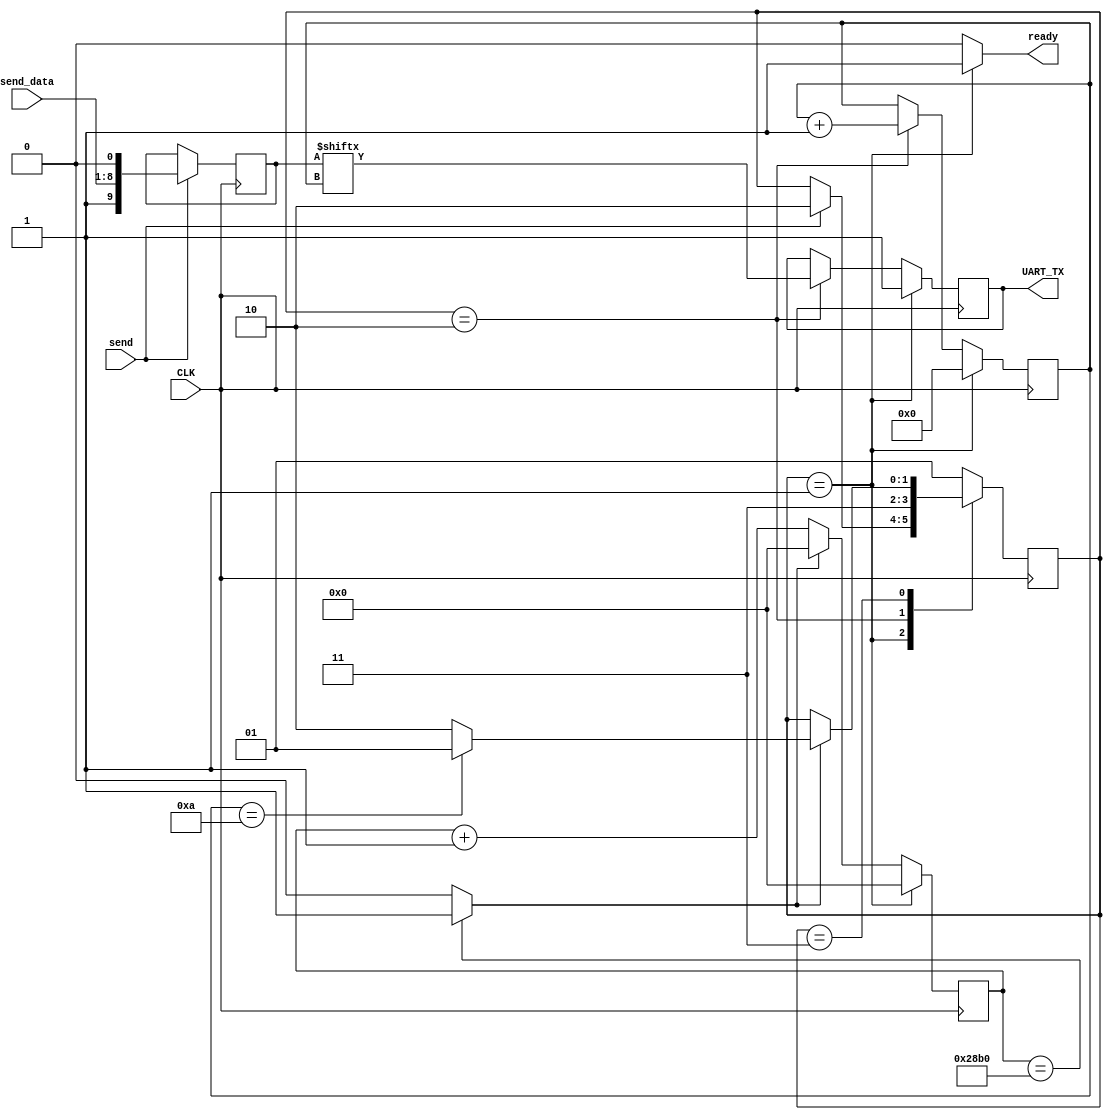
module UART_TX_CTRL
#(
    parameter [ 1:0] RDY       = 2'b01,
    parameter [ 1:0] LOAD      = 2'b10,
    parameter [ 1:0] SEND      = 2'b11,
    parameter [ 3:0] IDX_MAX   = 10,
    parameter [13:0] TMR_MAX   = 14'b10100010110000 // 10416 = round(100MHz/9600Hz) - 1
)
(
    input  wire       CLK,
    input  wire       send,
    input  wire [7:0] send_data,
    output wire       ready,
    output wire       UART_TX
);

reg         tx_bit;
reg  [ 1:0] tx_state;
reg  [ 9:0] tx_data;
reg  [ 3:0] index;
reg  [13:0] tx_tmr;
wire        bit_done;

initial begin
    tx_bit   = 1'b1;
    tx_state = RDY;
    tx_tmr   = 14'd0;
end

always @(posedge CLK) begin : state_transition
    case (tx_state)
        RDY:
            if (send)
                tx_state <= LOAD;
        LOAD:
            tx_state <= SEND;
        SEND:
            if (bit_done) begin
                if (index == IDX_MAX)
                    tx_state <= RDY;
                else
                    tx_state <= LOAD;
            end
        default: // should never be reached
            tx_state <= RDY;
    endcase
end

always @(posedge CLK) begin : timing
    if (tx_state == RDY) begin
        tx_tmr <= 14'd0;
    end
    else begin
        if (bit_done)
            tx_tmr <= 14'd0;
        else
            tx_tmr <= tx_tmr + 1;
    end
end

always @(posedge CLK) begin : increment_index
    if (tx_state == RDY)
        index <= 0;
    else if (tx_state == LOAD)
        index <= index + 1;
end

always @(posedge CLK) begin : data_latch
    if (send)
        tx_data <= {1'b1, send_data, 1'b0};
end

always @(posedge CLK) begin : bit0
    if (tx_state == RDY)
        tx_bit <= 1'b1;
    else if (tx_state == LOAD)
        tx_bit <= tx_data[index];
end

assign bit_done = (tx_tmr == TMR_MAX)? 1 : 0;
assign UART_TX   = tx_bit;
assign ready     = (tx_state == RDY)? 1 : 0;

endmodule